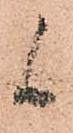
候